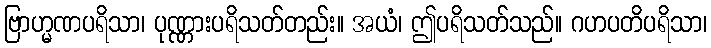
ဗြာဟ္မဏပရိသာ၊ ပုဏ္ဏားပရိသတ်တည်း။ အယံ၊ ဤပရိသတ်သည်။ ဂဟပတိပရိသာ၊